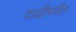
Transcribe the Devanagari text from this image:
दाढीपर्यंत